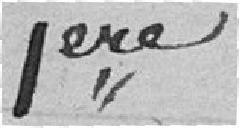
1ere